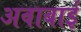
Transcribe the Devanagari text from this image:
अवाबाई